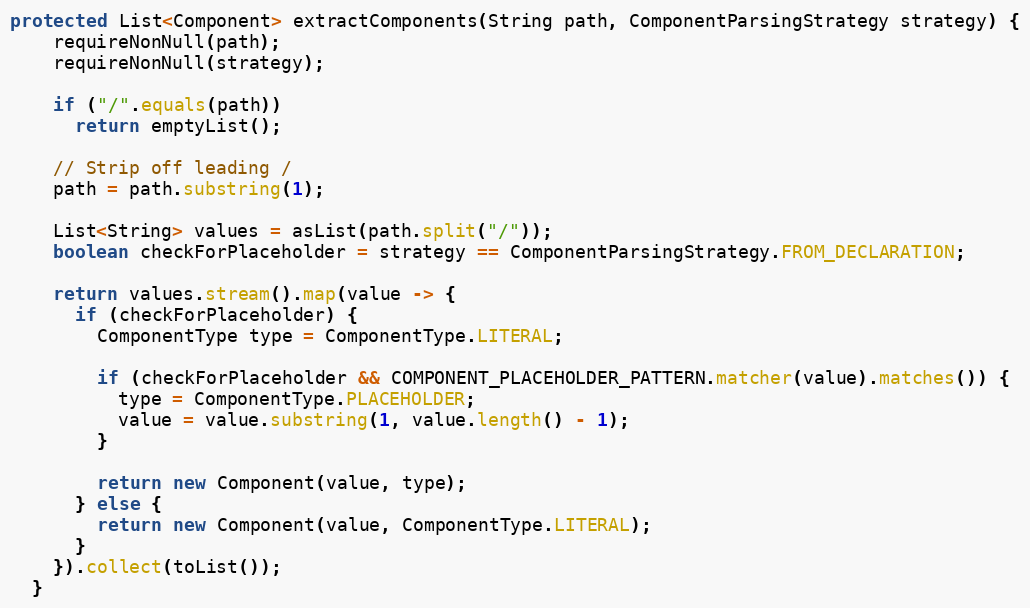
Language: Java
protected List<Component> extractComponents(String path, ComponentParsingStrategy strategy) {
    requireNonNull(path);
    requireNonNull(strategy);

    if ("/".equals(path))
      return emptyList();

    // Strip off leading /
    path = path.substring(1);

    List<String> values = asList(path.split("/"));
    boolean checkForPlaceholder = strategy == ComponentParsingStrategy.FROM_DECLARATION;

    return values.stream().map(value -> {
      if (checkForPlaceholder) {
        ComponentType type = ComponentType.LITERAL;

        if (checkForPlaceholder && COMPONENT_PLACEHOLDER_PATTERN.matcher(value).matches()) {
          type = ComponentType.PLACEHOLDER;
          value = value.substring(1, value.length() - 1);
        }

        return new Component(value, type);
      } else {
        return new Component(value, ComponentType.LITERAL);
      }
    }).collect(toList());
  }